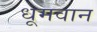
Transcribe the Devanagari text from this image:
धूमवान